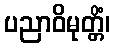
ပညာဝိမုတ္တိံ၊